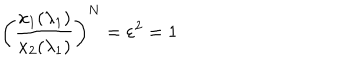
\left( \frac { x _ { 1 } ( \lambda _ { 1 } ) } { x _ { 2 } ( \lambda _ { 1 } ) } \right) ^ { N } = \varepsilon ^ { 2 } = 1